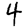
Digit: 4